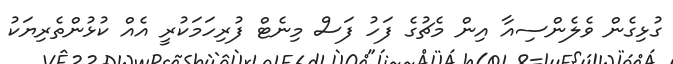
ގުޅިގެން ވެލެންސިއާ އިން މެޗުގެ ފަހު ފަސް މިނެޓް ފުރިހަމަކުރީ އެއް ކުޅުންތެރިޔަކު